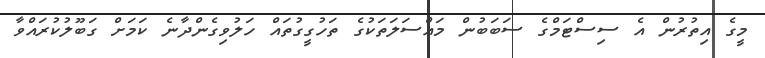
މީގެ އިތުރުން އެ ސިސްޓަމްގެ ސަބަބުން މައްސަލަތަކުގެ ތަހުގީގުތައް ހަލުވިގެންދާނެ ކަމަށް ގަބޫލުކުރައްވާ